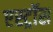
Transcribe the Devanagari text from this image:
एस्ट्रॉस